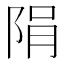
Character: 䧎